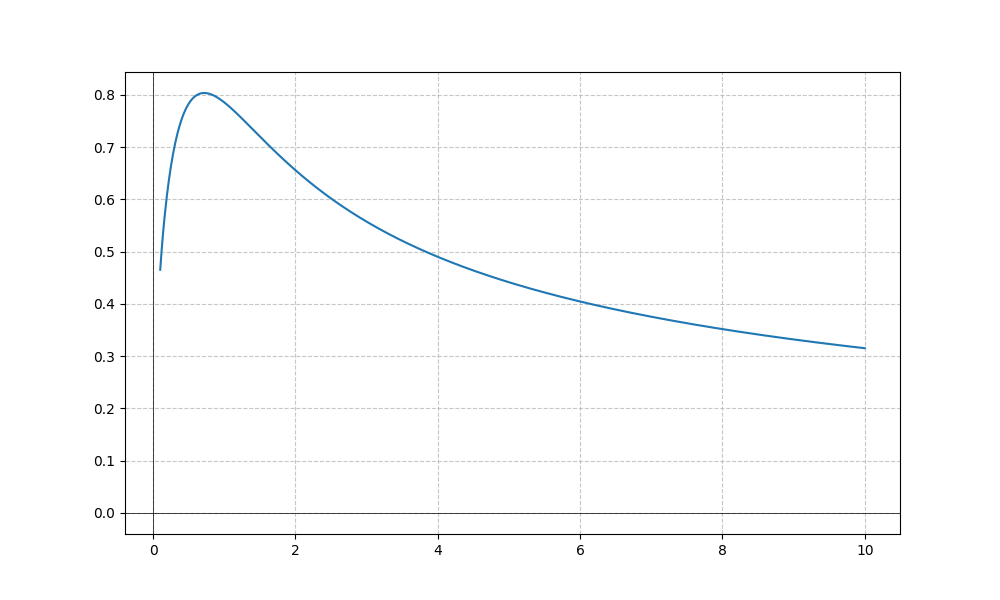
LaTeX formula: \sqrt{x} \operatorname{acot}{\left(x \right)}